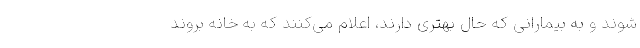
شوند و به بیمارانی که حال بهتری دارند، اعلام می‌کنند که به خانه بروند